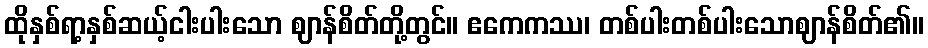
ထိုနှစ်ရာ့နှစ်ဆယ့်ငါးပါးသော ဈာန်စိတ်တို့တွင်။ ဧကေကဿ၊ တစ်ပါးတစ်ပါးသောဈာန်စိတ်၏။